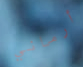
أرماني